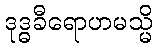
ဒုဒ္ဓခီရောဟမသ္မိ